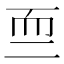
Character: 𱻰